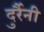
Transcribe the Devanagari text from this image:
दुर्रैनी